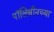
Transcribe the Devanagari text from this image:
पॉलिथीनच्या